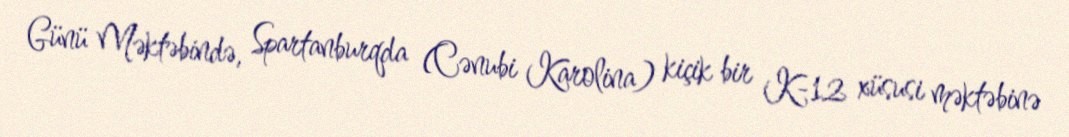
Günü Məktəbində, Spartanburqda (Cənubi Karolina) kiçik bir K-12 xüsusi məktəbinə